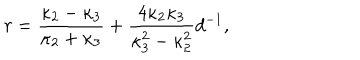
LaTeX: r = { \frac { \kappa _ { 2 } - \kappa _ { 3 } } { \kappa _ { 2 } + \kappa _ { 3 } } } + { \frac { 4 \kappa _ { 2 } \kappa _ { 3 } } { \kappa _ { 3 } ^ { 2 } - \kappa _ { 2 } ^ { 2 } } } d ^ { - 1 } ,